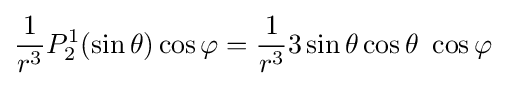
{\frac {1}{r^{3}}}P_{2}^{1}(\sin \theta )\cos \varphi ={\frac {1}{r^{3}}}3\sin \theta \cos \theta \ \cos \varphi